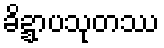
ခိဍ္ဍာပသုတဿ